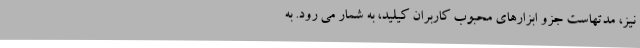
نیز، مدتهاست جزو ابزارهای محبوب کاربران کیلید، به شمار می رود. به